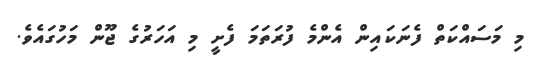
މި މަސައްކަތް ފެނަކައިން އެންމެ ފުރަތަމަ ފެށީ މި އަހަރުގެ ޖޫން މަހުގައެވެ.